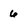
Character: 6